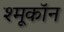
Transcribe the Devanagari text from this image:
श्मूकॉन